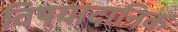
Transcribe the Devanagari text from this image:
विषयादानिक